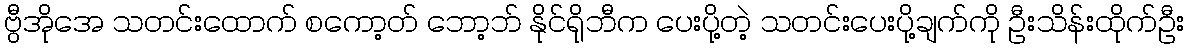
ဗွီအိုအေ သတင်းထောက် စကော့တ် ဘော့ဘ် နိုင်ရိုဘီက ပေးပို့တဲ့ သတင်းပေးပို့ချက်ကို ဦးသိန်းထိုက်ဦး